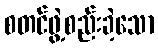
စတင်ဖွဲ့စည်းခဲ့သော